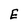
Character: E